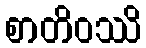
စာတိဝဿိ